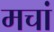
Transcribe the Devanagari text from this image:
मचां